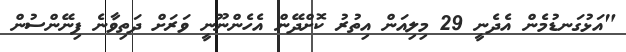
"އަޅުގަނޑުމެން އެދެނީ 29 މިލިއަން އިތުރު ކޮށްދޭން އެހެންނޫނީ ވަރަށް ދަތިވާނެ ފިނޭންސުން